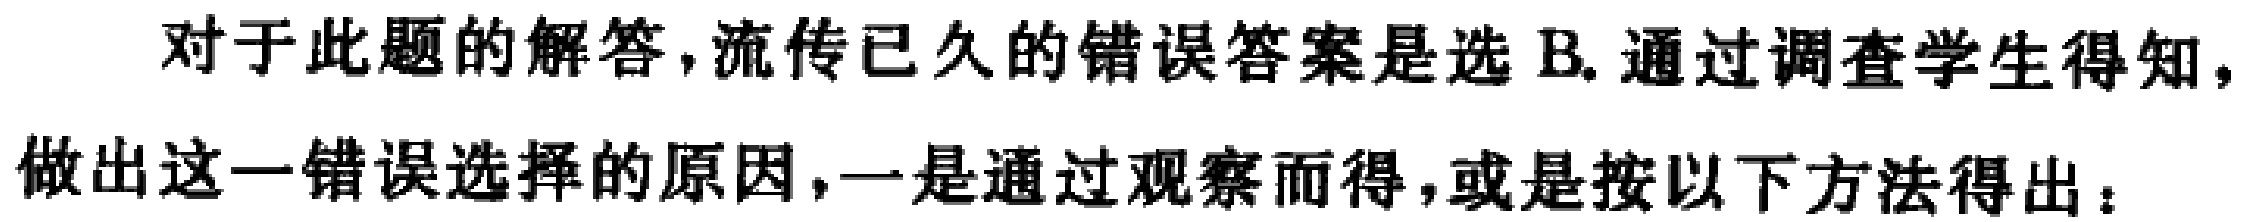
对于此题的解答,流传已久的错误答案是选 B.通过调查学生得知,做出这一错误选择的原因,一是通过观察而得,或是按以下方法得出：